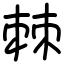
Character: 棘